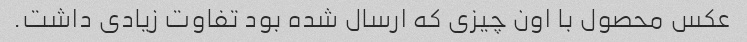
عکس محصول با اون چیزی که ارسال شده بود تفاوت زیادی داشت.